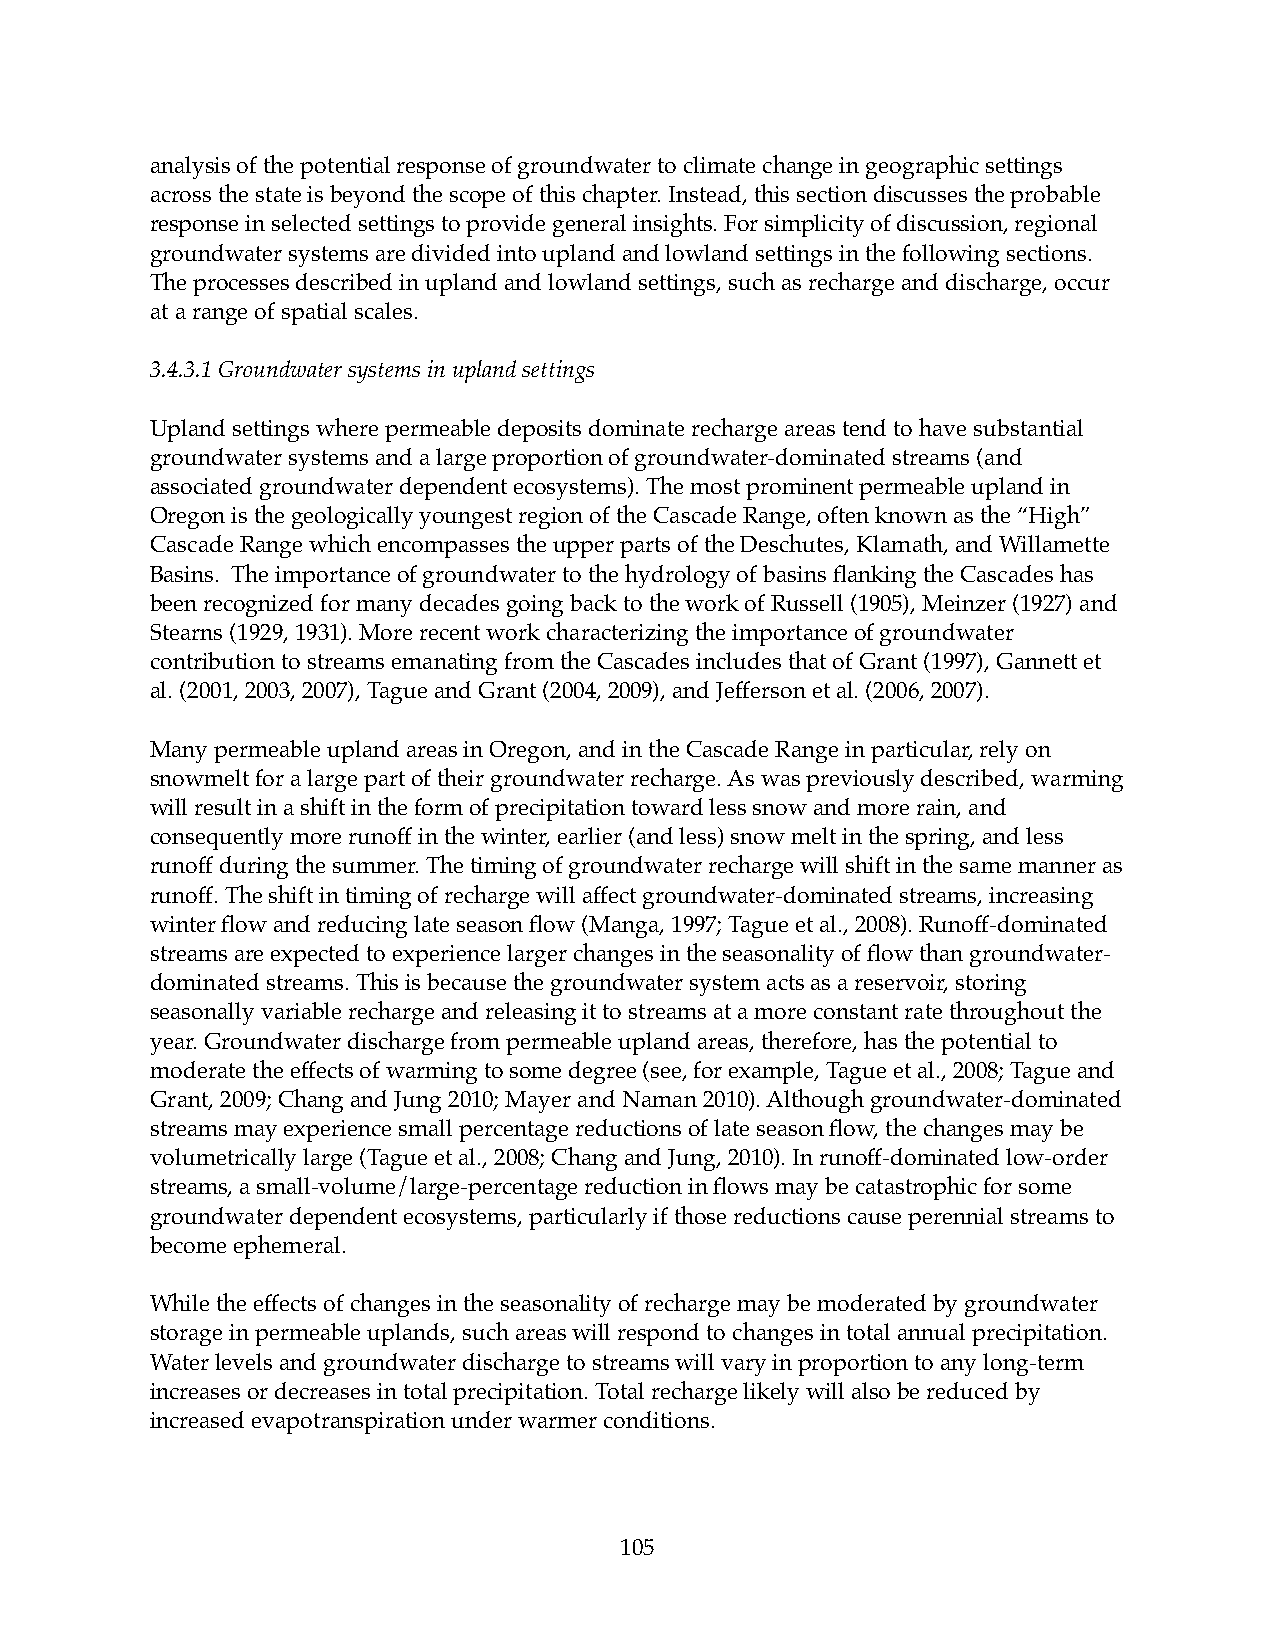
analysis of the potential response of groundwater to climate change in geographic settings
 across the state is beyond the scope of this chapter. Instead, this section discusses the probable
 response in selected settings to provide general insights. For simplicity of discussion, regional
 groundwater systems are divided into upland and lowland settings in the following sections.
 The processes described in upland and lowland settings, such as recharge and discharge, occur
 at a range of spatial scales.
 3.4.3.1 Groundwater systems in upland settings
 Upland settings where permeable deposits dominate recharge areas tend to have substantial
 groundwater systems and a large proportion of groundwater-dominated streams (and
 associated groundwater dependent ecosystems). The most prominent permeable upland in
 Oregon is the geologically youngest region of the Cascade Range, often known as the “High”
 Cascade Range which encompasses the upper parts of the Deschutes, Klamath, and Willamette
 Basins. The importance of groundwater to the hydrology of basins flanking the Cascades has
 been recognized for many decades going back to the work of Russell (1905), Meinzer (1927) and
 Stearns (1929, 1931). More recent work characterizing the importance of groundwater
 contribution to streams emanating from the Cascades includes that of Grant (1997), Gannett et
 al. (2001, 2003, 2007), Tague and Grant (2004, 2009), and Jefferson et al. (2006, 2007).
 Many permeable upland areas in Oregon, and in the Cascade Range in particular, rely on
 snowmelt for a large part of their groundwater recharge. As was previously described, warming
 will result in a shift in the form of precipitation toward less snow and more rain, and
 consequently more runoff in the winter, earlier (and less) snow melt in the spring, and less
 runoff during the summer. The timing of groundwater recharge will shift in the same manner as
 runoff. The shift in timing of recharge will affect groundwater-dominated streams, increasing
 winter flow and reducing late season flow (Manga, 1997; Tague et al., 2008). Runoff-dominated
 streams are expected to experience larger changes in the seasonality of flow than groundwater-
 dominated streams. This is because the groundwater system acts as a reservoir, storing
 seasonally variable recharge and releasing it to streams at a more constant rate throughout the
 year. Groundwater discharge from permeable upland areas, therefore, has the potential to
 moderate the effects of warming to some degree (see, for example, Tague et al., 2008; Tague and
 Grant, 2009; Chang and Jung 2010; Mayer and Naman 2010). Although groundwater-dominated
 streams may experience small percentage reductions of late season flow, the changes may be
 volumetrically large (Tague et al., 2008; Chang and Jung, 2010). In runoff-dominated low-order
 streams, a small-volume/large-percentage reduction in flows may be catastrophic for some
 groundwater dependent ecosystems, particularly if those reductions cause perennial streams to
 become ephemeral.
 While the effects of changes in the seasonality of recharge may be moderated by groundwater
 storage in permeable uplands, such areas will respond to changes in total annual precipitation.
 Water levels and groundwater discharge to streams will vary in proportion to any long-term
 increases or decreases in total precipitation. Total recharge likely will also be reduced by
 increased evapotranspiration under warmer conditions.
 105